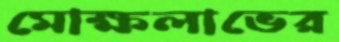
মোক্ষলাভের